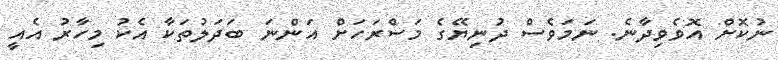
ނުކޮށް އޮވެވިދާނެ. ނަމަވެސް ދުނިޔޭގެ މަސްރަހަށް އަންނަ ބަދަލުތަކާ އެކު މިހާރު އެއީ